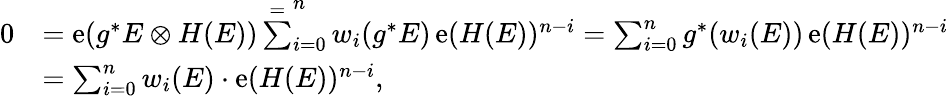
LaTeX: \begin{array}{rl}{0}&{=\operatorname{e}(g^{*}E\otimes H(E))\overset{=}\sum_{i=0}^{n}w_{i}(g^{*}E)\operatorname{e}(H(E))^{n-i}=\sum_{i=0}^{n}g^{*}(w_{i}(E))\operatorname{e}(H(E))^{n-i}}\\ &{=\sum_{i=0}^{n}w_{i}(E)\cdot\operatorname{e}(H(E))^{n-i},}\end{array}